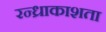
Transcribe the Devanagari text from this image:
रन्ध्राकाशता